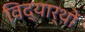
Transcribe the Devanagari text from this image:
विद्यार्थों